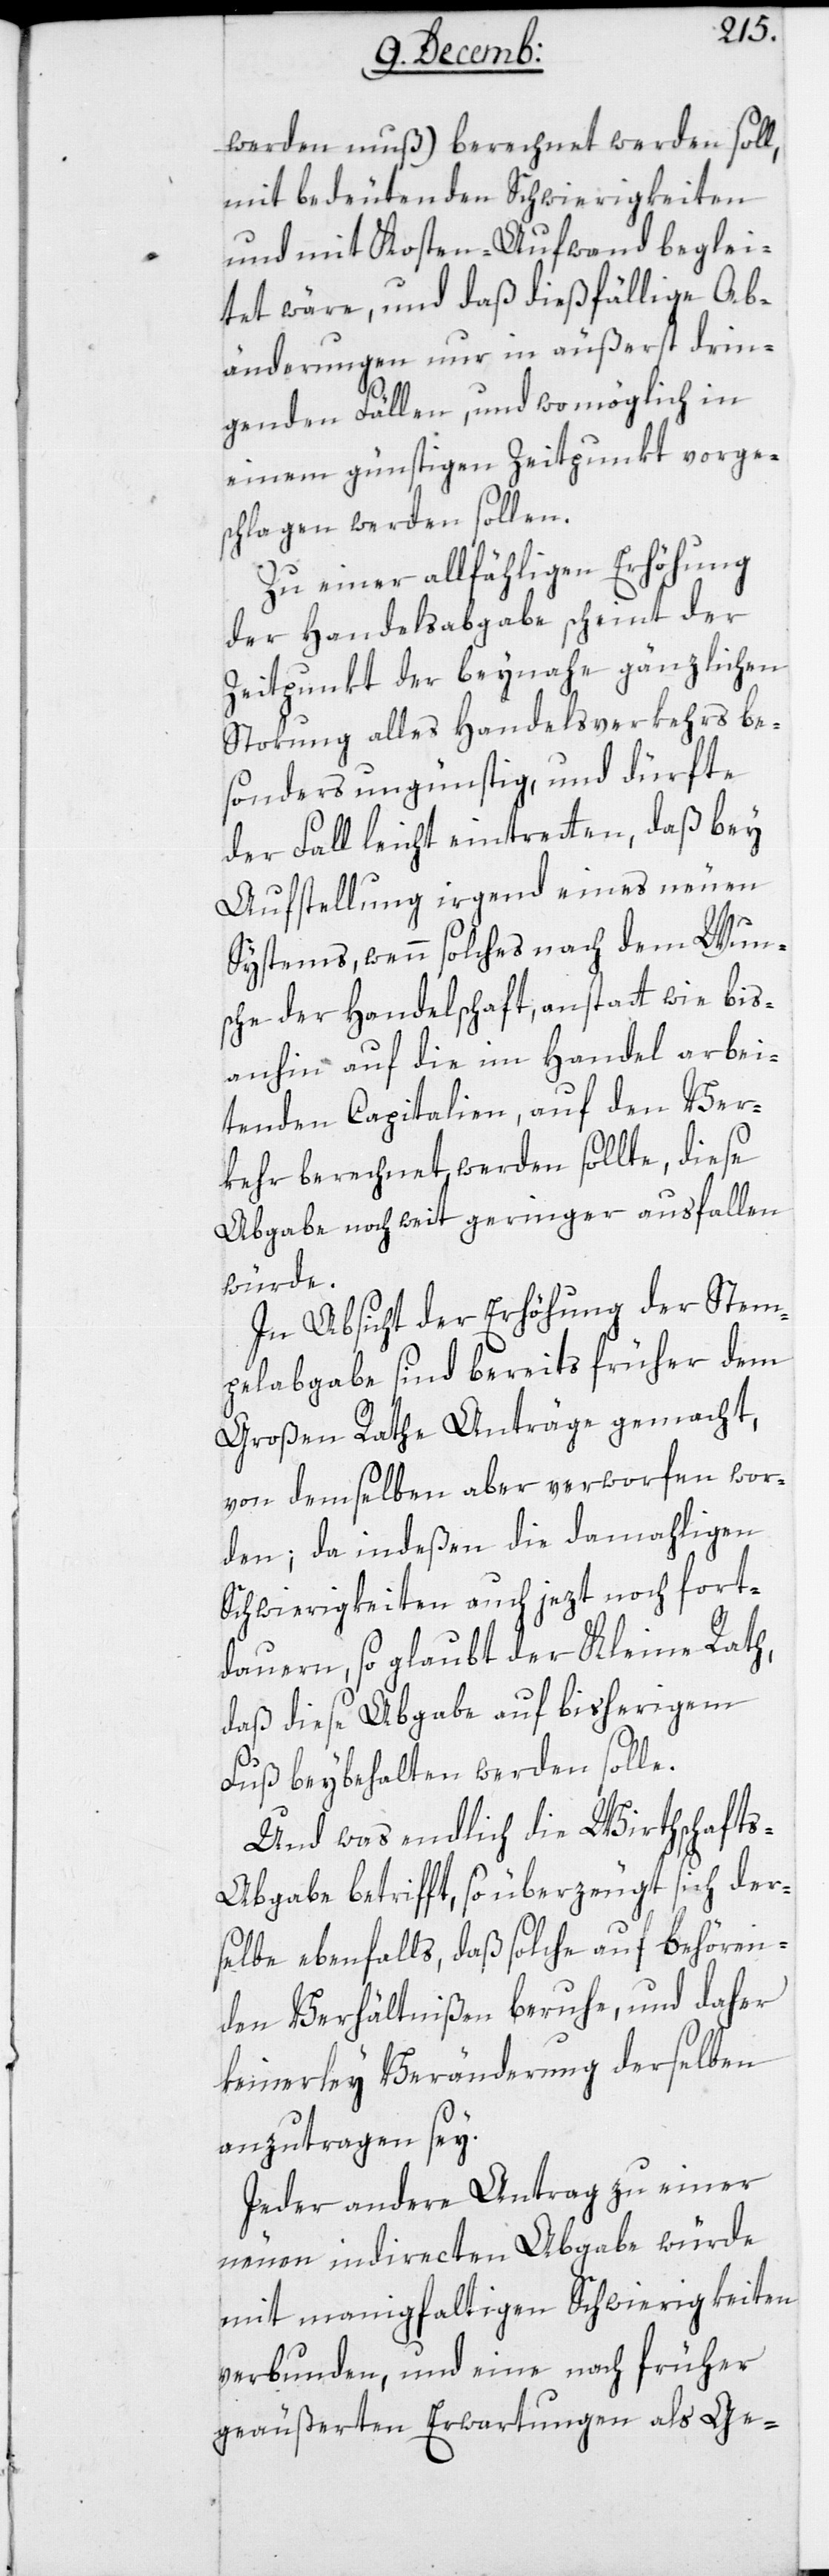
werden muß) berechnet werden soll,
mit bedeutenden Schwierigkeiten
und mit Kosten-Aufwand beglei¬
tet wäre, und daß dießfällige Ab¬
änderungen nur in äußerst drin¬
genden Fällen, und womöglich in
einem günstigen Zeitpunkt vorge¬
schlagen werden sollen.
Zu einer allfähligen Erhöhung
der Handelsabgabe scheint der
Zeitpunkt der beynahe gänzlichen
Stokung alles Handelsverkehrs be¬
sonders ungünstig, und dürfte
der Fall leicht eintreten, daß bey
Aufstellung irgend eines neuen
Systems, wenn solches nach dem Wun¬
sche der Handelschaft, anstatt wie bis
anhin auf die im Handel arbei¬
tenden Capitalien, auf den Ver¬
kehr berechnet werden sollte, diese
Abgabe noch weit geringer ausfallen
würde.
In Absicht der Erhöhung der Stem¬
pelabgabe sind bereits früher dem
Großen Rathe Anträge gemacht,
von demselben aber verworfen wor¬
den; da indeßen die damahligen
Schwierigkeiten auch jezt noch fort¬
dauern, so glaubt der Kleine Rath,
daß diese Abgabe auf bisherigem
Fuß beybehalten werden solle.
Und was endlich die Wirthschaft¬
s-Abgabe betrifft, so überzeugt sich der¬
selbe ebenfalls, daß solche auf behören¬
den Verhältnißen beruhe, und daher
keinerley Veränderung derselben
anzutragen sey.
Jeder andere Antrag zu einer
neuen indirecten Abgabe würde
mit mannigfaltigen Schwierigkeiten
verbunden, und eine nach früher
geäußerten Erwartungen als Ge-